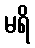
မရိ